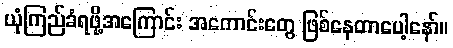
ယုံကြည်ခံရဖို့အကြောင်း အကောင်းတွေ ဖြစ်နေတာပေါ့နော်။